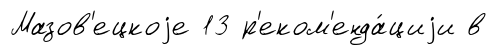
Мазов'ецкоjе 13 р'еком'енда́циjи в